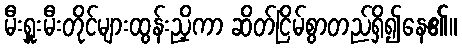
မီးရှူးမီးတိုင်များထွန်းညှိကာ ဆိတ်ငြိမ်စွာတည်ရှိ၍နေ၏။